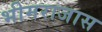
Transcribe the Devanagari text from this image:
भीमराजास